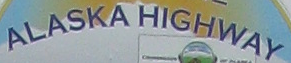
ALASKA HIGHWAY